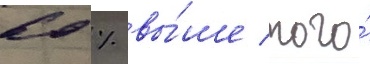
60 % вы́ше того́